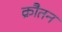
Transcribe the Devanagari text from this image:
क्रौतन